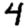
Digit: 4